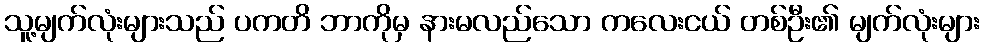
သူ့မျက်လုံးများသည် ပကတိ ဘာကိုမှ နားမလည်သော ကလေးငယ် တစ်ဦး၏ မျက်လုံးများ